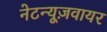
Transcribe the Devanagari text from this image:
नेटन्यूज़वायर